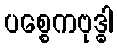
ပစ္စေကဗုဒ္ဓါ